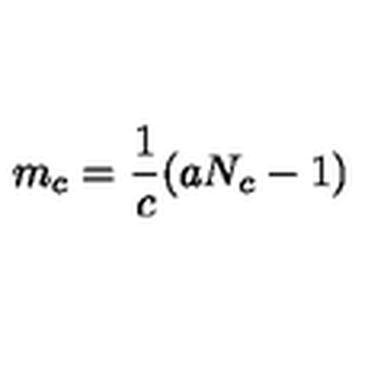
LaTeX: m _ { c } = \frac { 1 } { c } ( a N _ { c } - 1 ) \,